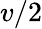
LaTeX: v/2